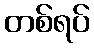
တစ်ရပ်